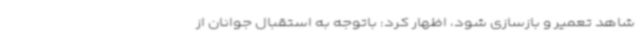
شاهد تعمیر و بازسازی شود، اظهار کرد: باتوجه به استقبال جوانان از